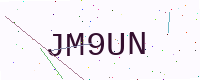
Text: JM9UN